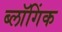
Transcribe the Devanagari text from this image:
ब्लॉगिंक